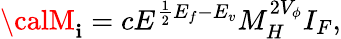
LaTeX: {\calM}_{\mathbf{i}}=cE^{\frac{{1}}{{2}}E_{f}-E_{v}}M_{H}^{2V_{\phi}}I_{F},